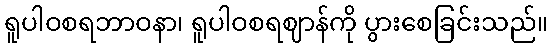
ရူပါဝစရဘာဝနာ၊ ရူပါဝစရဈာန်ကို ပွားစေခြင်းသည်။